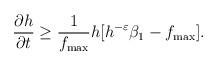
LaTeX: \begin{align*}\frac{\partial h}{\partial t}\geq \frac{1}{f_{\max}}h[h^{-\varepsilon}\beta_{1}-f_{\max}].\end{align*}